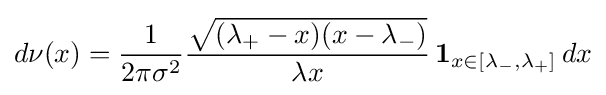
d\nu (x)={\frac {1}{2\pi \sigma ^{2}}}{\frac {\sqrt {(\lambda _{+}-x)(x-\lambda _{-})}}{\lambda x}}\,\mathbf {1} _{x\in [\lambda _{-},\lambda _{+}]}\,dx